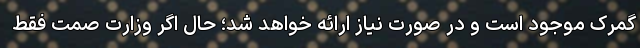
گمرک موجود است و در صورت نیاز ارائه خواهد شد؛ حال اگر وزارت صمت فقط